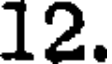
12.